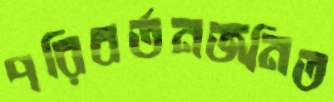
পরিবর্তনজনিত